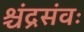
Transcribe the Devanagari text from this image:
श्चंद्रसंवः